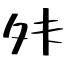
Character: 𫝣